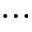
\ldots